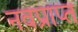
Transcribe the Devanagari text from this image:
नवप्राप्त